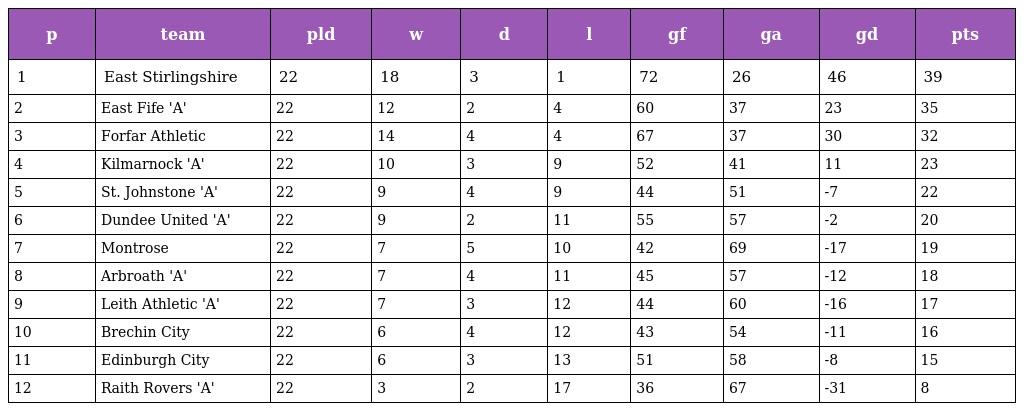
| p | team | pld | w | d | l | gf | ga | gd | pts |
 | --- | --- | --- | --- | --- | --- | --- | --- | --- | --- |
 | 1 | East Stirlingshire | 22 | 18 | 3 | 1 | 72 | 26 | 46 | 39 |
 | 2 | East Fife 'A' | 22 | 12 | 2 | 4 | 60 | 37 | 23 | 35 |
 | 3 | Forfar Athletic | 22 | 14 | 4 | 4 | 67 | 37 | 30 | 32 |
 | 4 | Kilmarnock 'A' | 22 | 10 | 3 | 9 | 52 | 41 | 11 | 23 |
 | 5 | St. Johnstone 'A' | 22 | 9 | 4 | 9 | 44 | 51 | -7 | 22 |
 | 6 | Dundee United 'A' | 22 | 9 | 2 | 11 | 55 | 57 | -2 | 20 |
 | 7 | Montrose | 22 | 7 | 5 | 10 | 42 | 69 | -17 | 19 |
 | 8 | Arbroath 'A' | 22 | 7 | 4 | 11 | 45 | 57 | -12 | 18 |
 | 9 | Leith Athletic 'A' | 22 | 7 | 3 | 12 | 44 | 60 | -16 | 17 |
 | 10 | Brechin City | 22 | 6 | 4 | 12 | 43 | 54 | -11 | 16 |
 | 11 | Edinburgh City | 22 | 6 | 3 | 13 | 51 | 58 | -8 | 15 |
 | 12 | Raith Rovers 'A' | 22 | 3 | 2 | 17 | 36 | 67 | -31 | 8 |